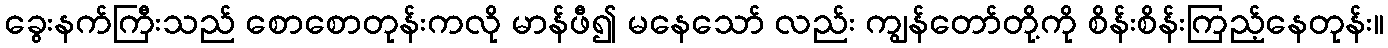
ခွေးနက်ကြီးသည် စောစောတုန်းကလို မာန်ဖီ၍ မနေသော် လည်း ကျွန်တော်တို့ကို စိန်းစိန်းကြည့်နေတုန်း။